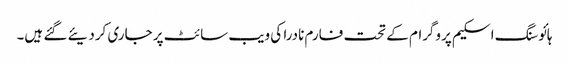
ہائوسنگ اسکیم پروگرام کے تحت فارم نادرا کی ویب سائٹ پر جاری کردیئے گئے ہیں۔